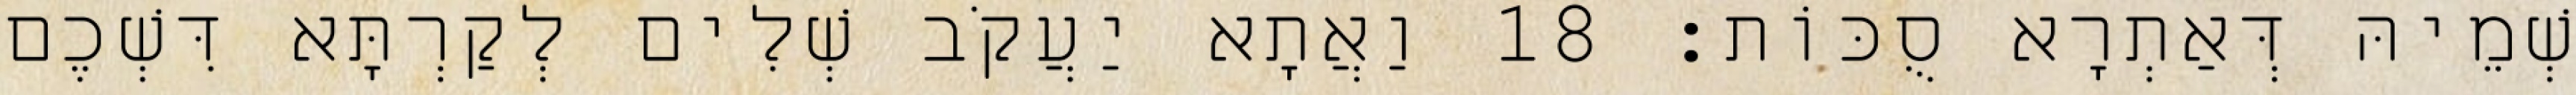
שְׁמֵיהּ דְּאַתְרָא סֻכּוֹת׃ 18 וַאֲתָא יַעֲקֹב שְׁלִים לְקַרְתָּא דִּשְׁכֶם